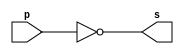
// ------------------------- 
// Exemplo0002 - NOT 
// Nome: Guilherme Andrade Salum Terra 
// ------------------------- 

// ------------------------- 
// -- not gate 
// ------------------------- 
	module notgate (output s, input p); 
	assign s = ~p; 
	endmodule // notgate
	
// ------------------------- 
// -- test not gate 
// ------------------------- 
	module testnotgate; 
// ------------------------- dados locais 
	reg a; // definir registrador 
			 // (variavel independente) 
	wire s; // definir conexao (fio) 
			  // (variavel dependente ) 
// ------------------------- instancia 
	notgate NOT1 (s, a); 
// ------------------------- preparacao 
	initial begin:start 
	a=0; 
	end 
// ------------------------- parte principal 
	initial begin 
		$display("Exemplo0002 - Guilherme Terra - 427407"); 
		$display("Test NOT gate"); 
		$display("\n~a = s\n"); 
		a=0; 
	#1 $display("~%b = %b", a, s); 
		a=1; 
	#1 $display("~%b = %b", a, s); 
	end
	 
	endmodule // testnotgate 
	
// ------------------------- testes
/*
	Test NOT gate

	~a = s

	~0 = 1
	~1 = 0
*/